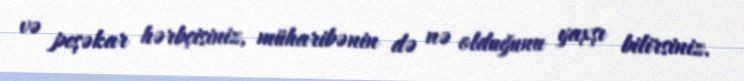
və peşəkar hərbçisiniz, müharibənin də nə olduğunu yaxşı bilirsiniz.